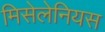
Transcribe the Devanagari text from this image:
मिसेलेनियस